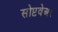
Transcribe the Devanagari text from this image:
सोप्टवेअर